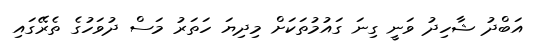
އަބްދު ޝާހިދު ވަނީ ގިނަ ގައުމުތަކަށް މިދިޔަ ހަތަރު މަސް ދުވަހުގެ ތެރޭގައި